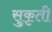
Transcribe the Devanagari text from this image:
सुकृती